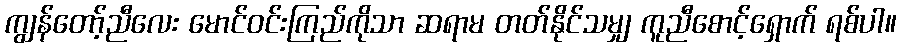
ကျွန်တော့်ညီလေး မောင်ဝင်းကြည်ကိုသာ ဆရာမ တတ်နိုင်သမျှ ကူညီစောင့်ရှောက် ရစ်ပါ။